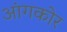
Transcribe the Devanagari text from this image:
आंगकोर